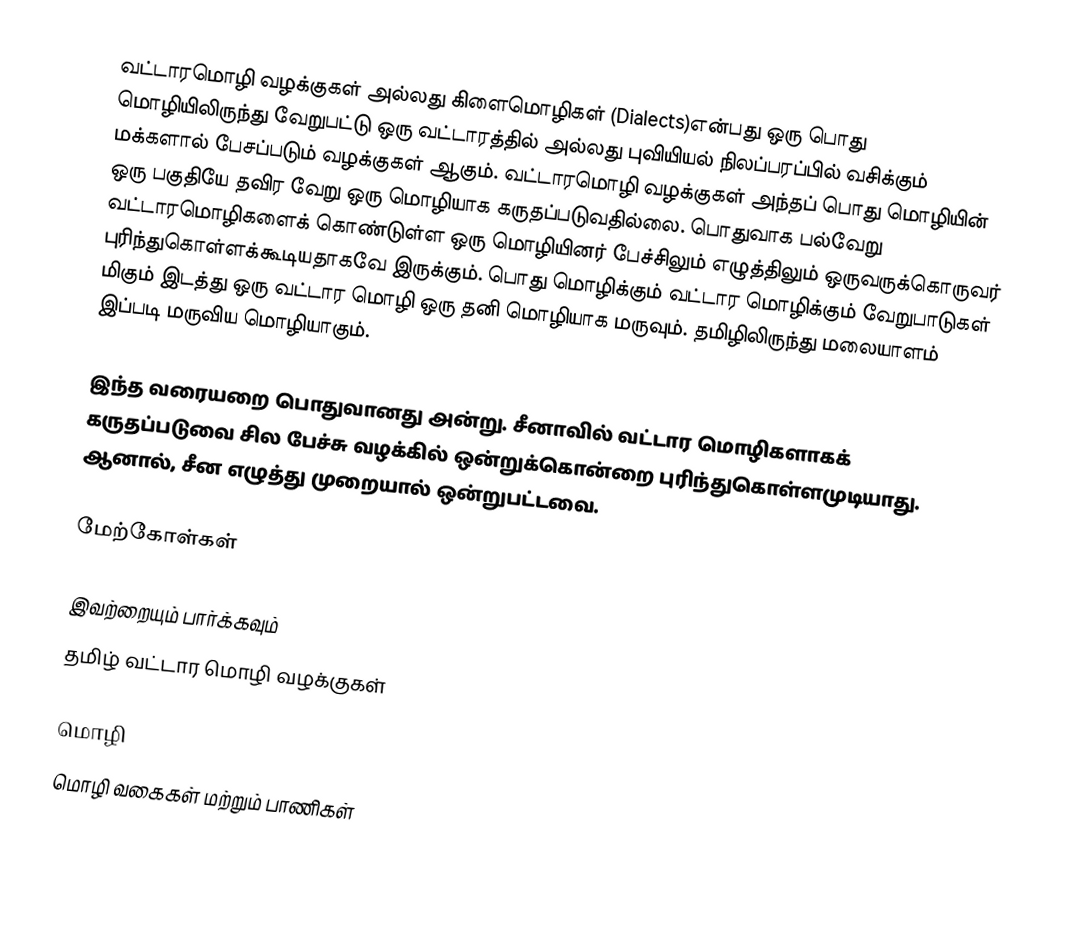
வட்டாரமொழி வழக்குகள் அல்லது கிளைமொழிகள் (Dialects)என்பது ஒரு பொது மொழியிலிருந்து வேறுபட்டு ஒரு வட்டாரத்தில் அல்லது புவியியல் நிலப்பரப்பில் வசிக்கும் மக்களால் பேசப்படும் வழக்குகள் ஆகும். வட்டாரமொழி வழக்குகள் அந்தப் பொது மொழியின் ஒரு பகுதியே தவிர வேறு ஒரு மொழியாக கருதப்படுவதில்லை.  பொதுவாக பல்வேறு வட்டாரமொழிகளைக் கொண்டுள்ள ஒரு மொழியினர் பேச்சிலும் எழுத்திலும் ஒருவருக்கொருவர் புரிந்துகொள்ளக்கூடியதாகவே இருக்கும்.  பொது மொழிக்கும் வட்டார மொழிக்கும் வேறுபாடுகள் மிகும் இடத்து ஒரு வட்டார மொழி ஒரு தனி மொழியாக மருவும்.  தமிழிலிருந்து மலையாளம் இப்படி மருவிய மொழியாகும்.

இந்த வரையறை பொதுவானது அன்று.  சீனாவில் வட்டார மொழிகளாகக் கருதப்படுவை சில பேச்சு வழக்கில் ஒன்றுக்கொன்றை புரிந்துகொள்ளமுடியாது.  ஆனால், சீன எழுத்து முறையால் ஒன்றுபட்டவை.

மேற்கோள்கள்

இவற்றையும் பார்க்கவும்
 தமிழ் வட்டார மொழி வழக்குகள்

மொழி
மொழி வகைகள் மற்றும் பாணிகள்